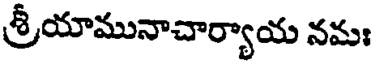
శ్రీయామునాచార్యాయ నమః